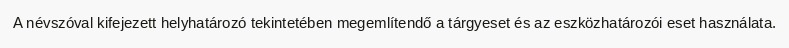
A névszóval kifejezett helyhatározó tekintetében megemlítendő a tárgyeset és az eszközhatározói eset használata.